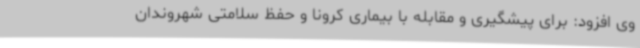
وی افزود: برای پیشگیری و مقابله با بیماری کرونا و حفظ سلامتی شهروندان